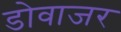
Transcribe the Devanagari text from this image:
डोवाजर